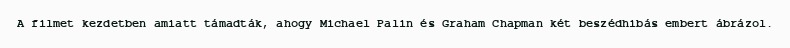
A filmet kezdetben amiatt támadták, ahogy Michael Palin és Graham Chapman két beszédhibás embert ábrázol.